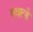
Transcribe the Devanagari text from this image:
वाइल्डे